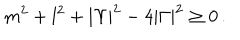
LaTeX: m ^ { 2 } + l ^ { 2 } + | \Upsilon | ^ { 2 } - 4 | \Gamma | ^ { 2 } \geq 0 \, .